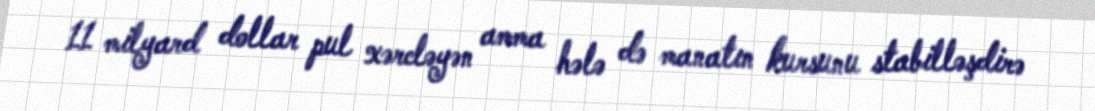
11 milyard dollar pul xərcləyən amma hələ də manatın kursunu stabilləşdirə